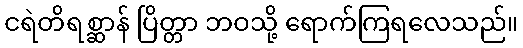
ငရဲတိရစ္ဆာန် ပြိတ္တာ ဘဝသို့ ရောက်ကြရလေသည်။